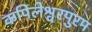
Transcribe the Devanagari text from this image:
कपिलेश्वरपुरम